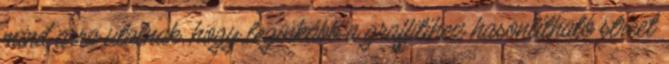
mind arra utalnak, hogy leginkább a graffitihez hasonlítható street